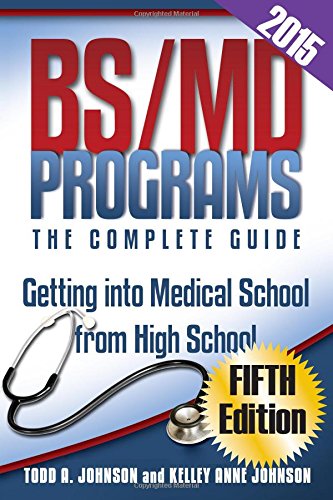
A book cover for BS/MD Programs-The Complete Guide: Getting Into Medical School from High School; Todd A Johnson; Test Preparation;